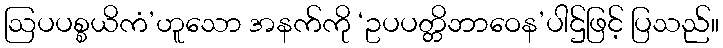
ဩပပစ္စယိကံ’ဟူသော အနက်ကို ‘ဥပပတ္တိဘာဝေန’ပါဌ်ဖြင့် ပြသည်။